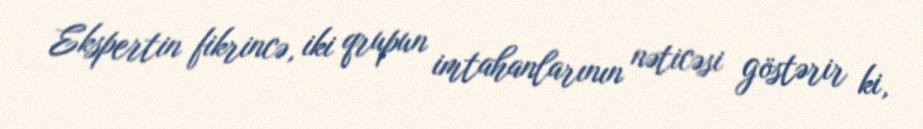
Ekspertin fikrincə, iki qrupun imtahanlarının nəticəsi göstərir ki,